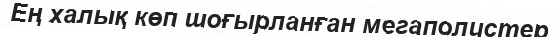
Ең халық көп шоғырланған мегаполистер